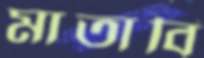
মাতাবি